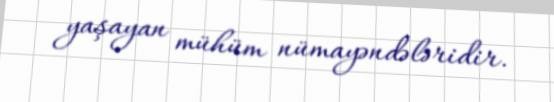
yaşayan mühüm nümayəndələridir.